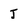
Character: j